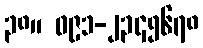
၃၈။ ၀၉၁-၂၃၄၅၆၇၈